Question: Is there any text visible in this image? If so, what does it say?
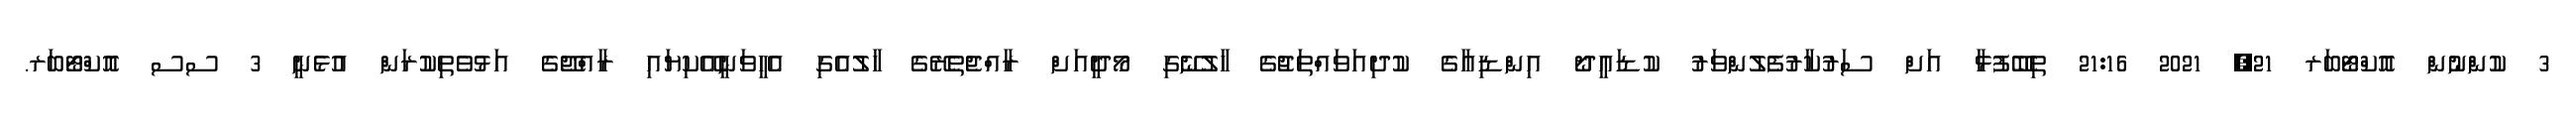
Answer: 3 ކުންނުން އޮކްޓޯބަރ 21, 2021 21:16 ތިބޭފުޅާ އަށް ސަރުކާރުފެލުންވަރު ކުޑައީދޯ އިންޑިއާގެ ކުދިއަވައްތަޖުގެ ހާލުނޭގި މޯދީއަށް ރާއްޖެތެރޭގެ ހާލުއެގި އެހީވަނީއޭކިޔައި ރާއްޖޭގެ އަޅުވެތިކުރަން އުޅެނީ 3 ސސ އޮކްޓޯބަރ.